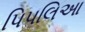
પિપલિઆ